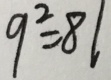
9 ^ { 2 } = 8 1